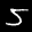
Label: 5